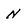
Character: N